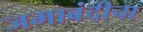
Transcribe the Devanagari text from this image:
जमाबंदीचा